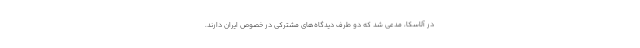
در آلاسکا، مدعی شد که دو طرف دیدگاه‌های مشترکی در خصوص ایران دارند.